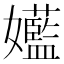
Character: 𫲝